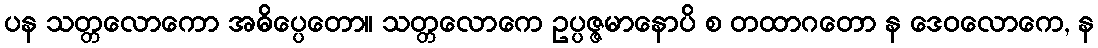
ပန သတ္တလောကော အဓိပ္ပေတော။ သတ္တလောကေ ဥပ္ပဇ္ဇမာနောပိ စ တထာဂတော န ဒေဝလောကေ, န